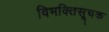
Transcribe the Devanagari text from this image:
विभक्तिसूचक